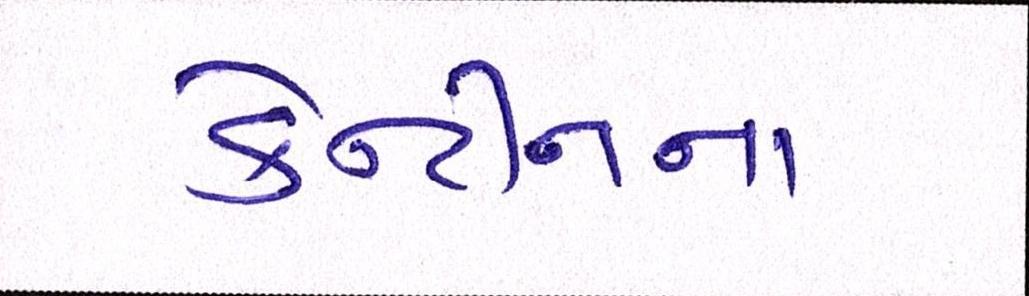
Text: કેન્ટીનના